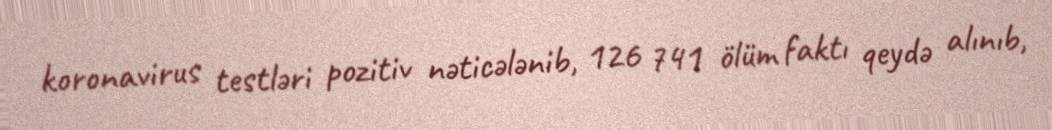
koronavirus testləri pozitiv nəticələnib, 126 741 ölüm faktı qeydə alınıb,